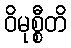
ဝိမုစ္စီတိ